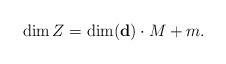
LaTeX: \begin{align*} \dim Z=\dim(\textbf{d})\cdot M+m.\end{align*}